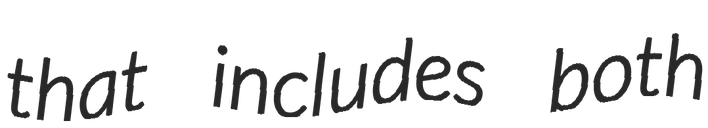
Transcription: that includes both